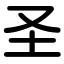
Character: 圣